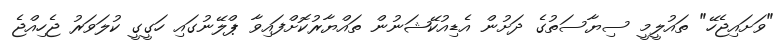
"ވަށައިޖެހޭ" ތައުލީމީ ސިޔާސަތުގެ ދަށުން އެޑިއުކޭޝަނުން ތައްޔާރުކޮށްފައިވާ ޕްލޭނުގައި ހަގީގީ ކުލަވަރު ޖެހިއްޖެ